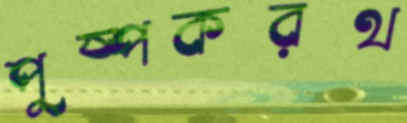
পুষ্পকরথ